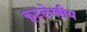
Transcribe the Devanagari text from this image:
कूटलेखीय